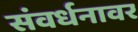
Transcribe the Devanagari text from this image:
संवर्धनावर